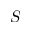
S